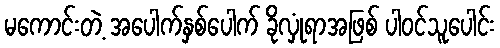
မကောင်းတဲ့ အပေါက်နှစ်ပေါက် ခိုလှုံရာအဖြစ် ပါဝင်သူပေါင်း